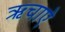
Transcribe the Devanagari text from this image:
ऋचाऐ